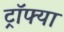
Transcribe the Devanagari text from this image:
ट्रॉफ्या